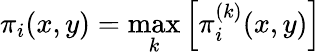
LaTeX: \pi_{i}(x,y)=\operatorname*{max}_{k}\left[\pi_{i}^{(k)}(x,y)\right]